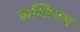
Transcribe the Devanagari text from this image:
जस्तिनस